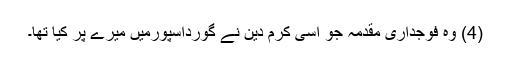
(4) وہ فوجداری مقدمہ جو اسی کرم دین نے گورداسپورمیں میرے پر کیا تھا۔